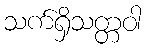
သက်ရှိသတ္တဝါ